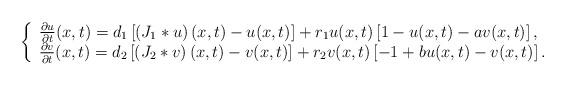
LaTeX: \begin{align*}\left\{\begin{array}{l}{\frac{\partial u}{\partial t}(x, t)=d_{1}\left[\left(J_{1} * u\right)(x, t)-u(x, t)\right]+r_{1}u(x, t)\left[1-u(x, t)-av(x, t)\right],} \\{\frac{\partial v}{\partial t}(x, t)=d_{2}\left[\left(J_{2} * v\right)(x, t)-v(x, t)\right]+r_2v(x, t)\left[-1+ bu(x, t)-v(x, t)\right].}\end{array}\right.\end{align*}